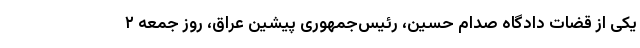
یکی از قضات دادگاه صدام حسین، رئیس‌جمهوری پیشین عراق، روز جمعه ۲